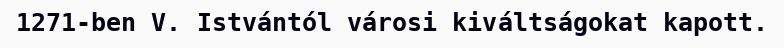
1271-ben V. Istvántól városi kiváltságokat kapott.